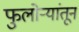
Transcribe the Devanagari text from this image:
फुलोर्‍यांतून